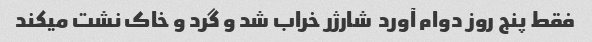
فقط پنج روز دوام آورد  شارژر خراب شد و گرد و خاک نشت میکند